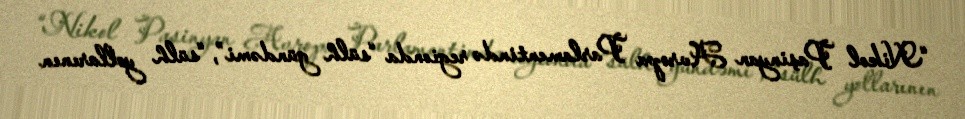
“Nikol Paşinyan Avropa Parlamentində regionda “sülh gündəmi”, “sülh yollarının